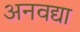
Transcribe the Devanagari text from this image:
अनवद्या